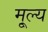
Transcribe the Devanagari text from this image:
मू्ल्य